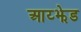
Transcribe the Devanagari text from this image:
आय्झेड